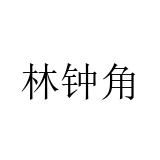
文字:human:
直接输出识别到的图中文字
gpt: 林钟角